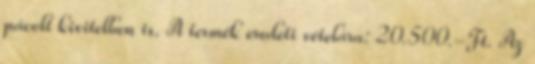
pácolt kivitelben is. A termék eredeti vételára: 20.500.-Ft. Az